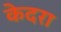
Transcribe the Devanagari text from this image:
केदरा